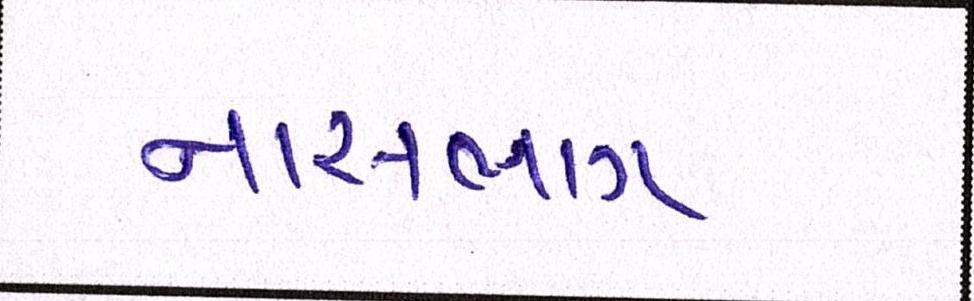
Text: નાસભાગ